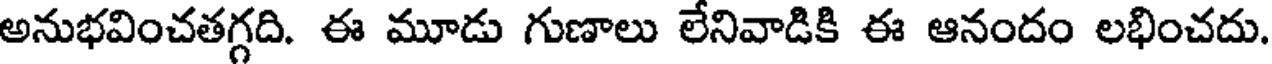
అనుభవించతగ్గది. ఈ మూడు గుణాలు లేనివాడికి ఈ ఆనందం లభించదు.